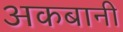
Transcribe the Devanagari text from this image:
अकबानी